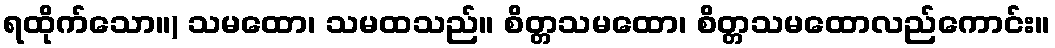
ရထိုက်သော။) သမထော၊ သမထသည်။ စိတ္တသမထော၊ စိတ္တသမထောလည်ကောင်း။